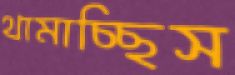
থামাচ্ছিস